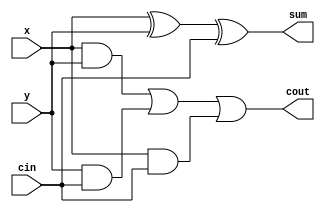
// Design Name: fall adder
// Module Name:    fadder 
// Project Name: adder and subtractor
// Revision 0.01 - File Created
// Additional Comments: add two input with carry

//////////////////////////////////////////////////////////////////////////////////
module fadder(
    input  x,
    input y,
    input cin,
    output sum,
    output cout
    );
assign sum= x^y^cin;
assign cout=( x & y)|(y & cin)|(x &cin);

endmodule